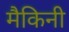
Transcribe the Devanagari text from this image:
मैकिनी